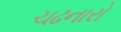
ચઢનારો